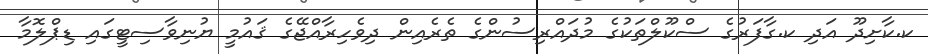
ކ.ކާށިދޫ އަދި ކ.ގާފަރުގެ ސްކޫލްތަކުގެ މުދައްރިސުންގެ ތެރެއިން ދިވެހިރާއްޖޭގެ ޤައުމީ ޔުނިވާސިޓީގައި ޑިޕްލޮމާ